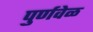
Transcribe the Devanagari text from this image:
पुर्णवेळ